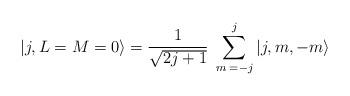
LaTeX: \begin{align*}\vert j, L=M=0 \rangle = {1\over \sqrt{2j+1}} \; \sum_{m\; =-j}^j \vert j, m, -m \rangle\end{align*}